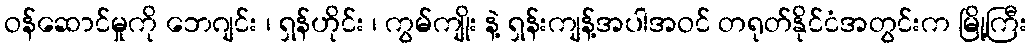
ဝန်ဆောင်မှုကို ဘေဂျင်း ၊ ရှန်ဟိုင်း ၊ ကွမ်ကျိုး နဲ့ ရှန်းကျန့်အပါအဝင် တရုတ်နိုင်ငံအတွင်းက မြို့ကြီး